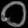
Digit: ၀